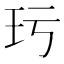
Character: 㺮